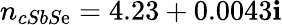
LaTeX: n_{cSbS\mathrm{e}}=4.23+0.0043\mathbf{i}